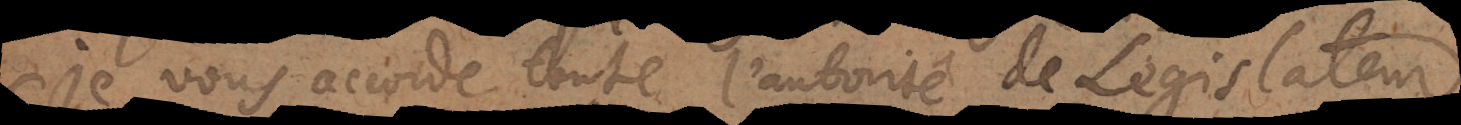
je vous accorde toute l’autorité de Legislateur.